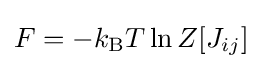
F=-k_{\rm {B}}T\ln Z[J_{ij}]